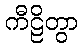
ကီဠိတွာ